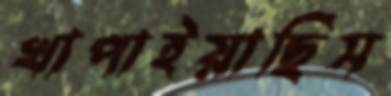
খাপাইয়াছিস